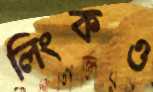
লিংকও